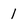
Character: l